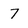
Character: 7